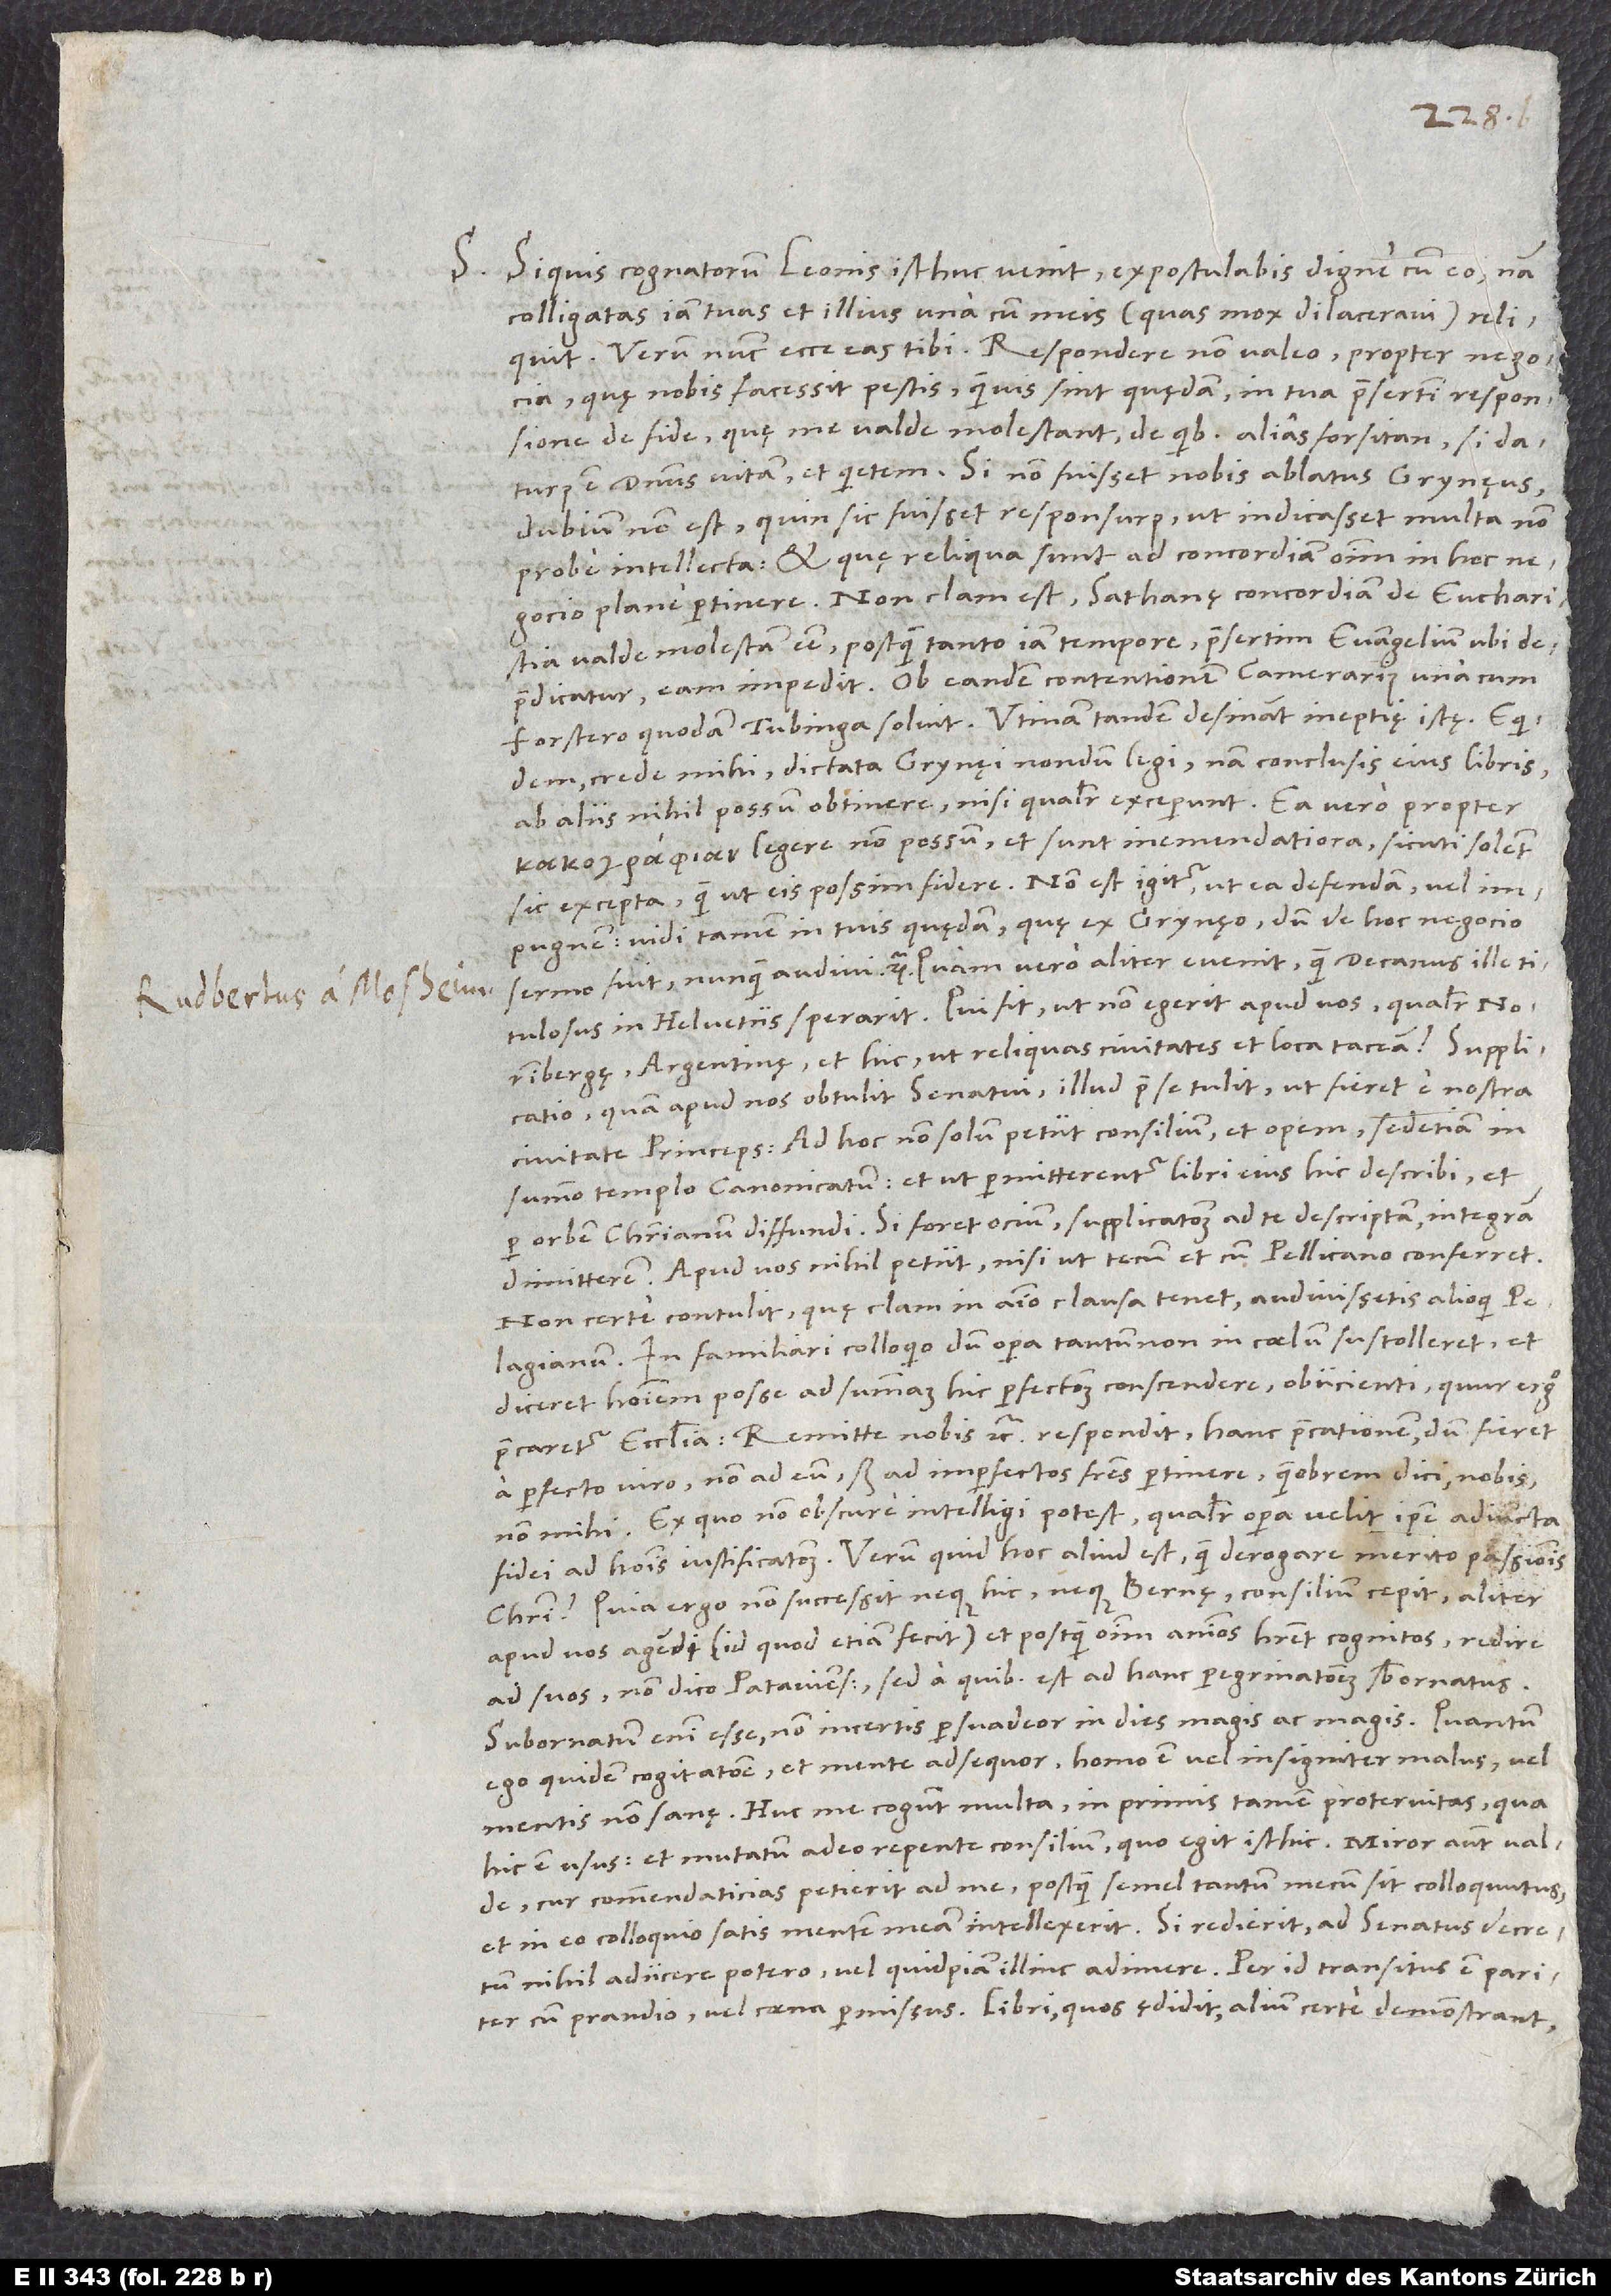
S. Si quis cognatorum Leonis isthuc venit, expostulabis digne cum eo; nam
colligatas iam tuas et illius una cum meis (quas mox dilaceravi) reliquit.
quę nobis facessit pestis, quamvis sint quędam, in tua praesertim responsione
de fide, quę me valde molestant, de quibus alias forsitan, si daturus
est dominus vitam et quietem. Si non fuisset nobis ablatus Grynęus,
dubium non est, quin sic fuisset responsurus, ut indicasset multa non
probe intellecta et, quę reliqua sunt, ad concordiam omnium in hoc
negocio plane pertinere. Non clam est sathanę concordiam de eucharistia
valde molestam esse, postquam tanto iam tempore, praesertim evangelium ubi
depraedicatur, eam impedit. Ob eandem contentionem Camerarius una cum
Forstero quodam Tubinga solvit. Utinam tandem desinant ineptię istę! Equidem,
crede mihi, dictata Grynęi nondum legi; nam conclusis eius libris
ab aliis nihil possum obtinere, nisi qualiter exceperunt. Ea vero propter
legere non possum, et sunt inemendatiora, sicuti solent
sic excepta, quam ut eis possim fidere. Non est igitur, ut ea defendam vel
impugnem; vidi tamen in tuis quędam, quę ex Grynęo, dum de hoc negocio
titulosus in Helvetiis sperarit! Qui fit, ut non egerit apud vos, qualiter
Norimbergę, Argentinę et hic, ut reliquas civitates et loca taceam? Supplicatio,
quam apud nos obtulit senatui, illud prae se tulit, ut fieret e nostra
civitate princeps. Ad hoc non solum petiit consilium et opem, sed etiam in
summo templo canonicatum, et ut permitterentur libri eius hic describi et
per orbem christianum diffundi. Si foret ocium, supplicationem ad te descriptam integram
dimitterem. Apud vos nihil petiit, nisi ut tecum et cum Pellicano conferret.
Non certe contulit, quę clam in animo clausa tenet; audivissetis alioqui
Pelagianum. In familiari colloquio dum opera tantum non in coelum sustolleret et
diceret hominem posse ad summam hic perfectionem conscendere, obiicienti, quur ergo
precaretur ecclesia: „Remitte nobis“ etc., respondit hanc precationem, dum fieret
a perfecto viro, non ad eum, sed ad imperfectos fratres pertinere, quamobrem dici „nobis“,
non „mihi“. Ex quo non obscure intelligi potest, qualiter opera velit ipse adiuncta
fidei ad hominis iustificationem. Verum quid hoc aliud est quam derogare merito passionis
Quia ergo non successit neque hic neque Bernę, consilium cepit aliter
apud vos agendi (id quod etiam fecit) et, postquam omnium animos haberet cognitos, redire
ad suos, non dico Patavienses, sed a quibus est ad hanc peregrinationem subornatus;
subornatum enim esse non incertis persuadeor in dies magis ac magis. Quantum
ego quidem cogitatione et mente adsequor, homo est vel insigniter malus vel
mentis non sanę. Huc me cogunt multa, in primis tamen protervitas, qua
hic est usus, et mutatum adeo repente consilium, quo egit isthic. Miror autem valde,
cur commendaticias petierit ad me, postquam semel tantum mecum sit colloquutus
et in eo colloquio satis mentem meam intellexerit. Si redierit, ad senatus decretum
nihil adiicere potero vel quidpiam illinc adimere. Per id transitus est pariter
cum prandio vel coena permissus. Libri, quos ędidit, alium certe demonstrant,